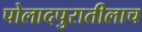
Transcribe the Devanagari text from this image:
पोलादपुरातीलाच